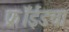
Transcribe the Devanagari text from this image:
फ्रॉईडचा